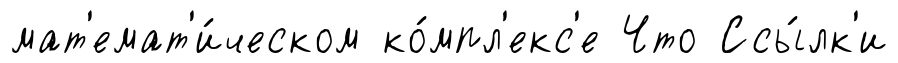
мат'емат'и́ческом ко́мпл'екс'е Что Ссы́лк'и